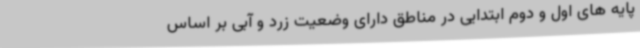
پایه های اول و دوم ابتدایی در مناطق دارای وضعیت زرد و آبی بر اساس